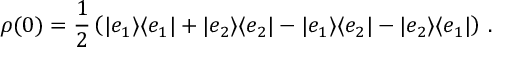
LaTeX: \rho ( 0 ) = \frac { 1 } { 2 } \left( | e _ { 1 } \rangle \langle e _ { 1 } | + | e _ { 2 } \rangle \langle e _ { 2 } | - | e _ { 1 } \rangle \langle e _ { 2 } | - | e _ { 2 } \rangle \langle e _ { 1 } | \right) \, .